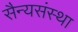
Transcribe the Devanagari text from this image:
सैन्यसंस्था